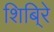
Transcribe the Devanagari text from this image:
शिबि्रे